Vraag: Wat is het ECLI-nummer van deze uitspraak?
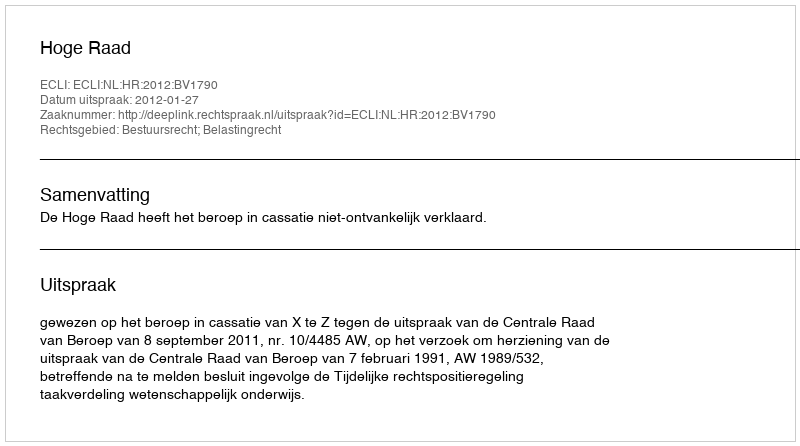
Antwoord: ECLI:NL:HR:2012:BV1790